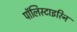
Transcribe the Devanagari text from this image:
पॉलिस्टाइरिन